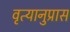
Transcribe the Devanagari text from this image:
वृत्यानुप्रास